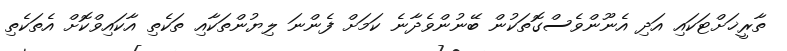
ތާރީޚަށްޓަކައި އަދި އެނޫންވެސްގޮތަކުން ބޭނުންވެދާނެ ކަމަށް ފެންނަ ލިޔުންތަކާއި ތަކެތި އާކައިވްކޮށް އެތަކެތި